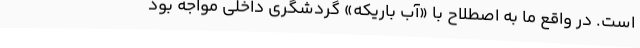
‌است. در واقع ما به اصطلاح با «آب باریکه» گردشگری داخلی مواجه بود